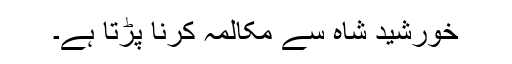
خورشید شاہ سے مکالمہ کرنا پڑتا ہے۔